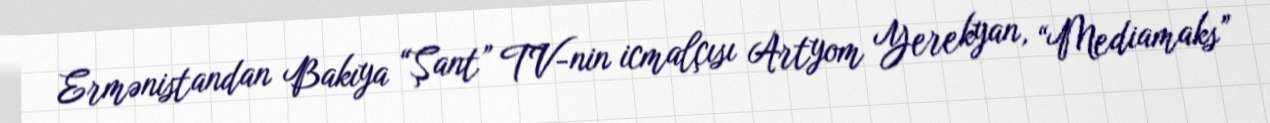
Ermənistandan Bakıya “Şant” TV-nin icmalçısı Artyom Yerekyan, “Mediamaks”